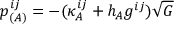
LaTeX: p _ { ( A ) } ^ { i j } = - ( \kappa _ { A } ^ { i j } + h _ { A } g ^ { i j } ) \sqrt { { \cal G } }